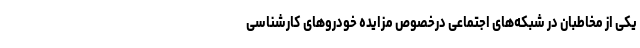
یکی از مخاطبان در شبکه‌های اجتماعی درخصوص مزایده خودروهای کارشناسی